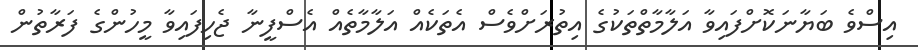
އިސްވެ ބަޔާނަކޮށްފައިވާ އަލާމާތްތަކުގެ އިތުރަށްވެސް އެތަކެއް އަލާމާތެއް އެސްފީނާ ޖެހިފައިވާ މީހުންގެ ފަރާތުން